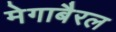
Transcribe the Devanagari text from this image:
मेगाबैरल